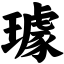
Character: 璩